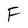
Character: F